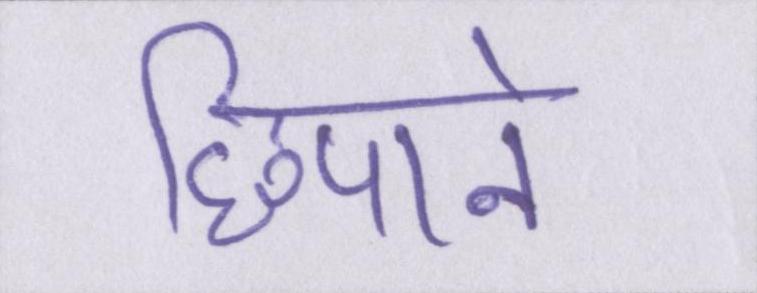
छिपाने